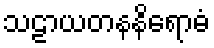
သဠာယတနနိရောဓံ